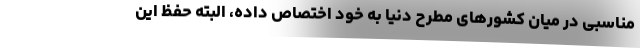
مناسبی در میان کشورهای مطرح دنیا به خود اختصاص داده، البته حفظ این